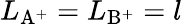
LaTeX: L_{\mathrm{{A^{+}}}}=L_{\mathrm{{B^{+}}}}=l